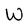
Character: W